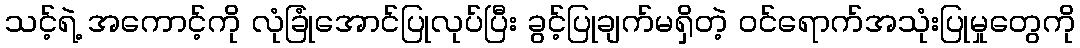
သင့်ရဲ့ အကောင့်ကို လုံခြုံအောင်ပြုလုပ်ပြီး ခွင့်ပြုချက်မရှိတဲ့ ဝင်ရောက်အသုံးပြုမှုတွေကို